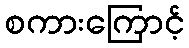
စကားကြောင့်